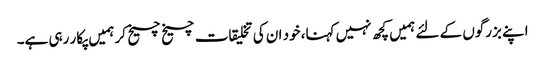
اپنے بزرگوں کے لئے ہمیں کچھ نہیں کہنا، خود ان کی تخلیقات چیخ چیخ کر ہمیں پکار رہی ہے۔